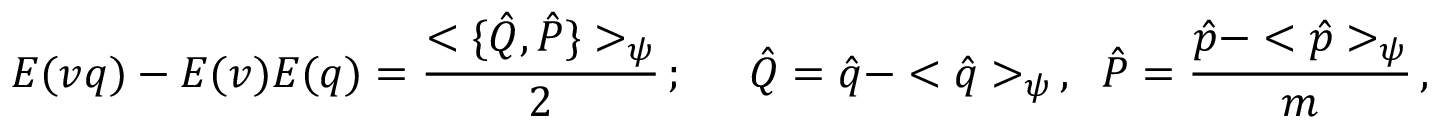
E ( v q ) - E ( v ) E ( q ) = \frac { < \{ \hat { Q } , \hat { P } \} > _ { \psi } } { 2 } \, ; \; \; \; \; \; \hat { Q } = \hat { q } - < \hat { q } > _ { \psi } \, , \; \; \hat { P } = \frac { \hat { p } - < \hat { p } > _ { \psi } } { m } \, ,